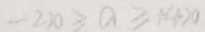
- 2 2 0 > a \geq 1 4 > 0